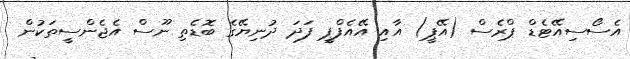
އެސޯސިއޭޓެޑް ޕްރެސް (އޭޕީ) އާއި އޭއެފްޕީ ފަދަ ދުނިޔޭގެ ބޮޑެތި ނޫސް އެޖެންސީތަކުން